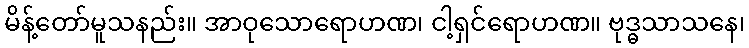
မိန့်တော်မူသနည်း။ အာဝုသောရောဟဏ၊ ငါ့ရှင်ရောဟဏ။ ဗုဒ္ဓသာသနေ၊